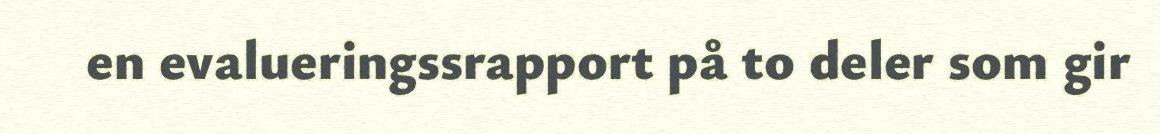
en evalueringssrapport på to deler som gir